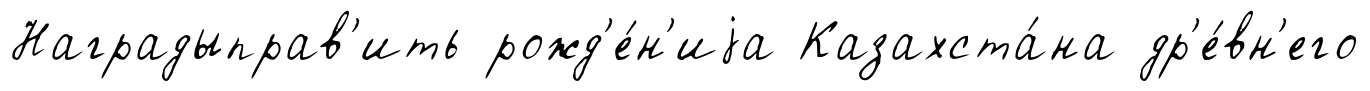
Наградыправ'ить рожд'е́н'иjа Казахста́на др'е́вн'его